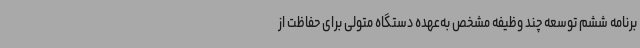
برنامه ششم توسعه چند وظیفه مشخص به‌عهده دستگاه متولی برای حفاظت از